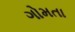
ગોમતા